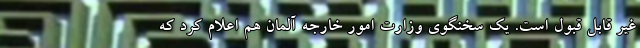
غیر قابل قبول است. یک سخنگوی وزارت امور خارجه آلمان هم اعلام کرد که